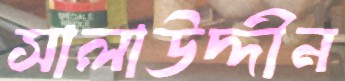
সালাউদ্দীন